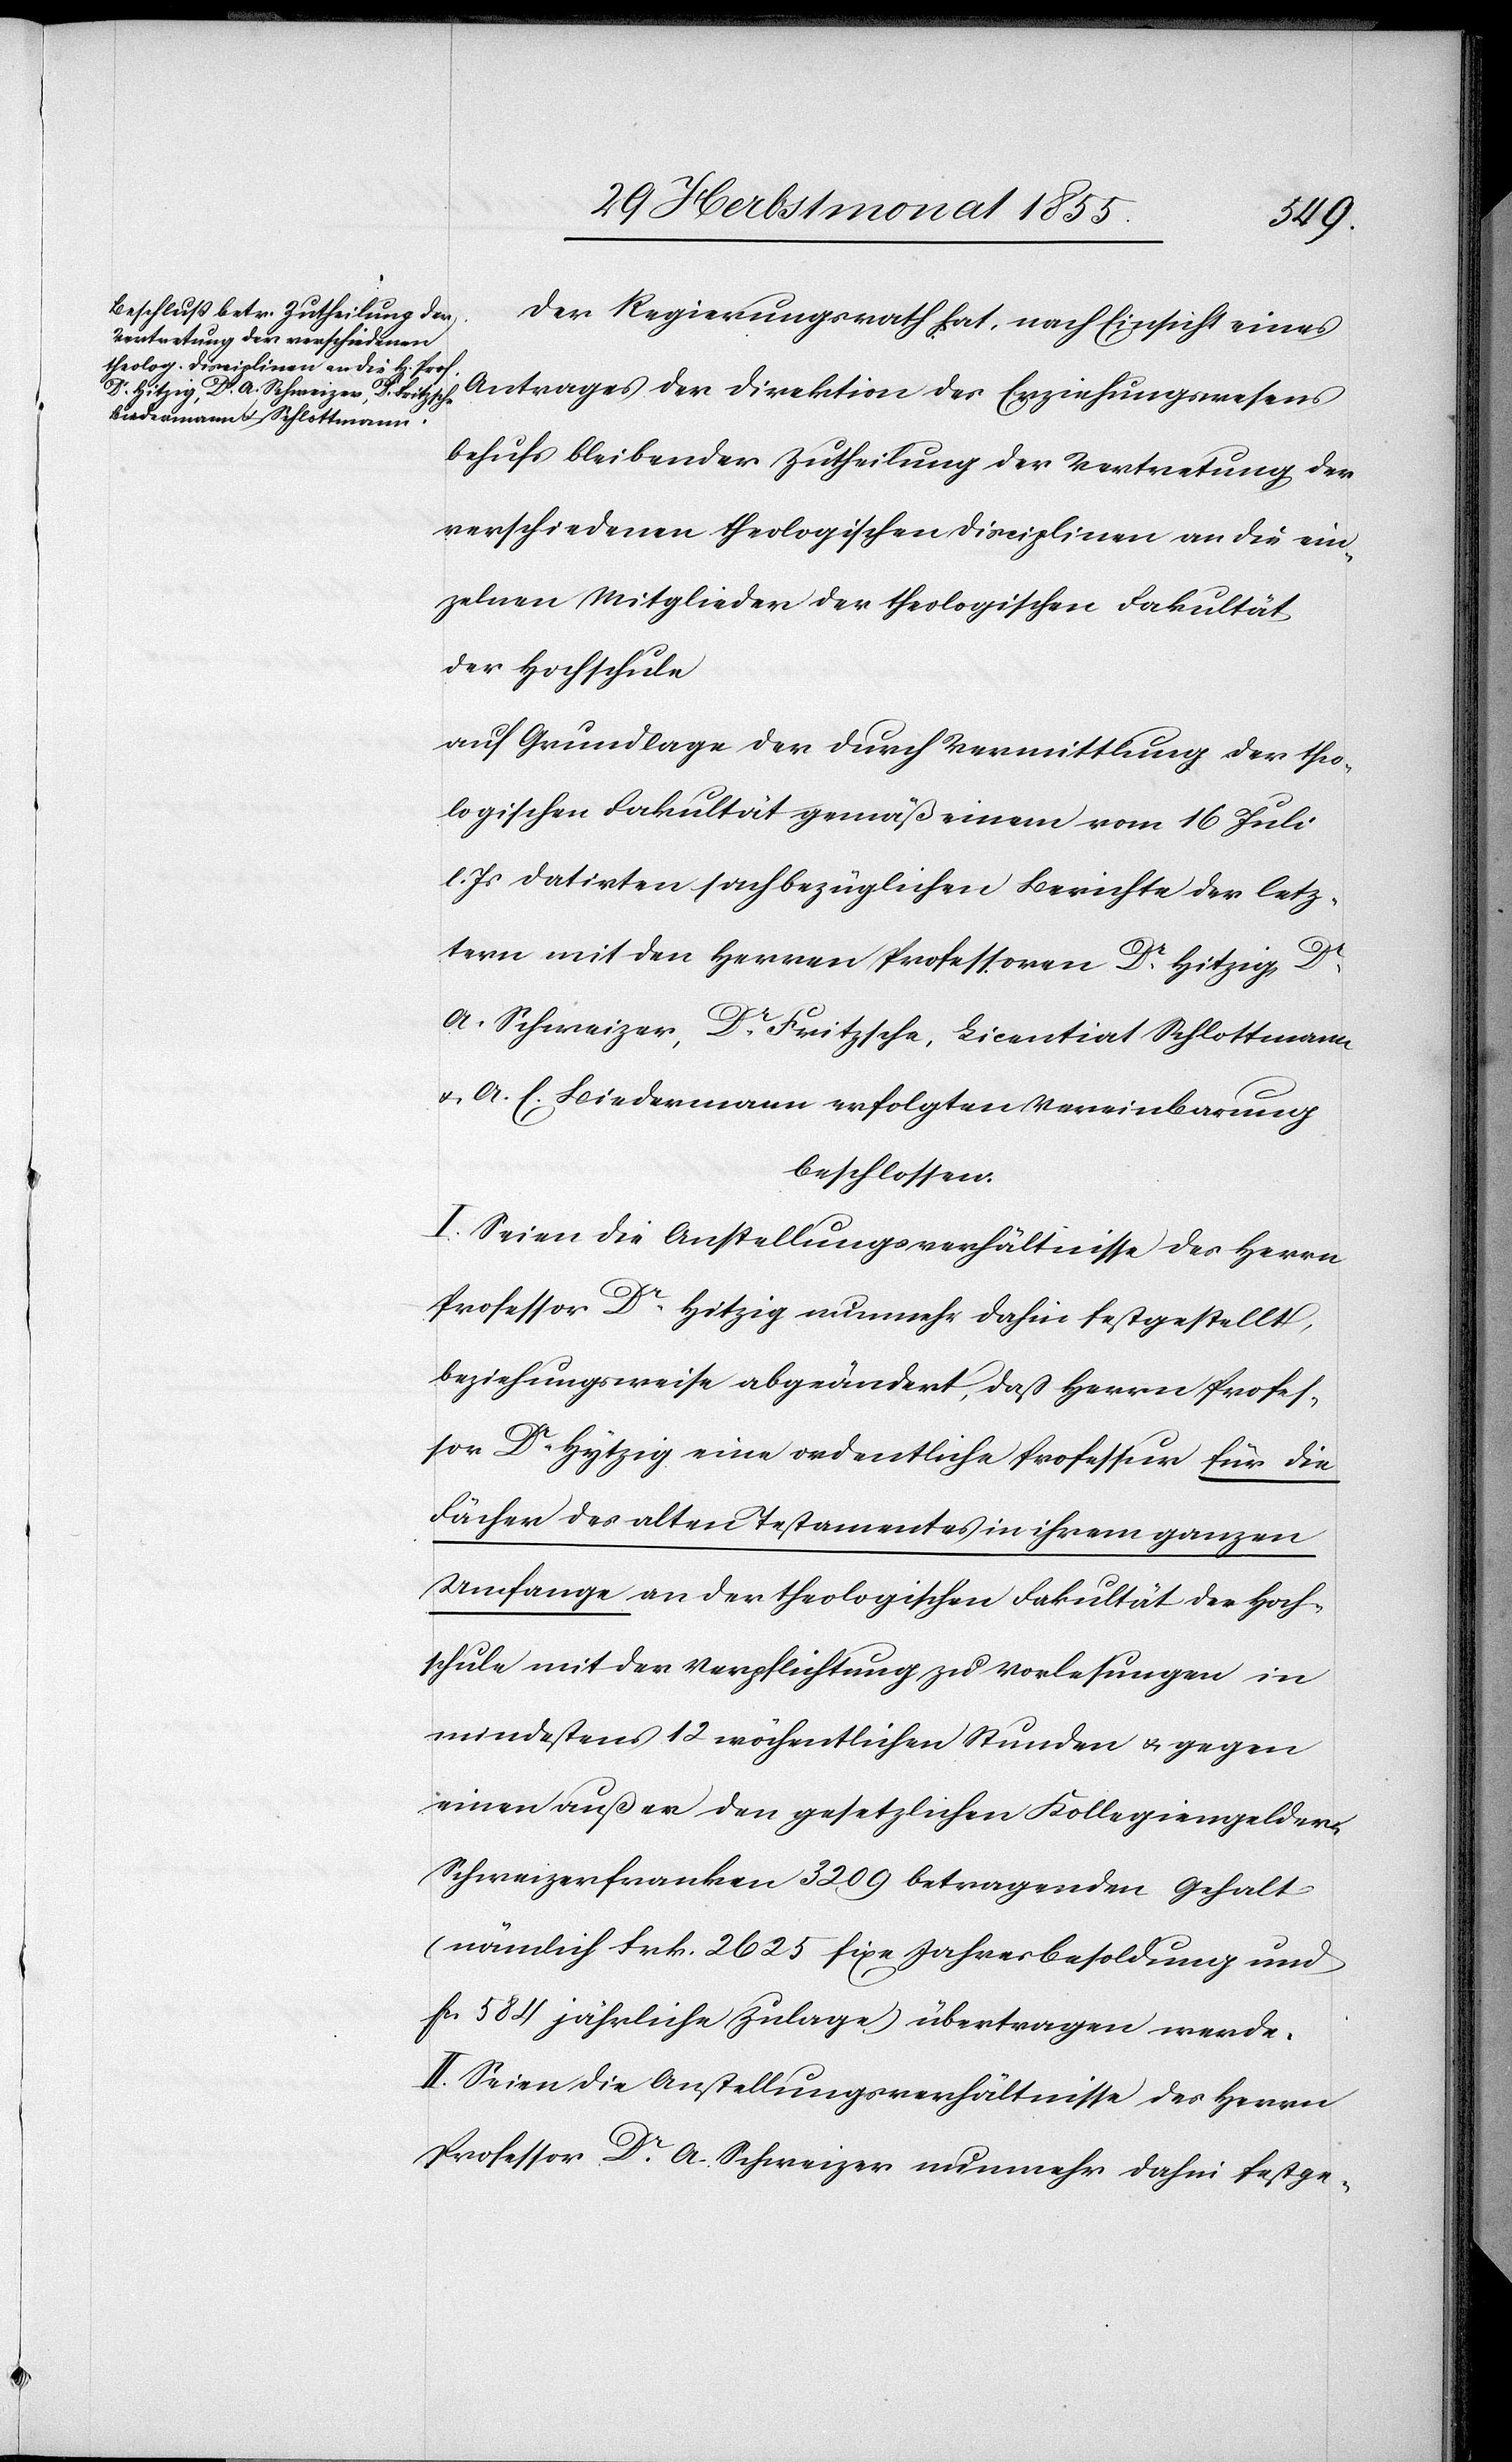
Der Regierungsrath hat, nach Einsicht eines
Antrages der Direktion des Erziehungswesens
behufs bleibender Zutheilung der Vertretung der
verschiedenen theologischen Disciplinen an die ein¬
zelnen Mitglieder der theologischen Fakultät
der Hochschule
auf Grundlage der durch Vermittlung der theo¬
logischen Fakultät gemäß einem vom 16 Juli
l. Js datirten sachbezüglichen Berichte der letz¬
tern mit den Herren Professoren Dr. Hitzig, Dr.
A. Schweizer, Dr. Fritzsche, Licentiat Schlottmann
& A. E. Biedermann erfolgten Vereinbarung
beschlossen:
I. Seien die Anstellungsverhältnisse des Herrn
Professor Dr. Hitzig nunmehr dahin festgestellt,
beziehungsweise abgeändert, daß Herrn Profes¬
sor Dr. Hytzig [sic!] eine ordentliche Professur für die
Fächer des alten Testamentes in ihrem ganzen
Umfange an der theologischen Fakultät der Hoch¬
schule mit der Verpflichtung zu Vorlesungen in
mindestens 12 wöchentlichen Stunden & gegen
einen außer den gesetzlichen Kollegiengeldern
Schweizerfranken 3209 betragenden Gehalt
(nämlich Frk. 2625 fixe Jahresbesoldung und
Fcs. 584 jährliche Zulage) übertragen werde.
II. Seien die Anstellungsverhältnisse des Herrn
Professor Dr. A. Schweizer nunmehr dahin festge-